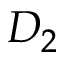
D _ { 2 }